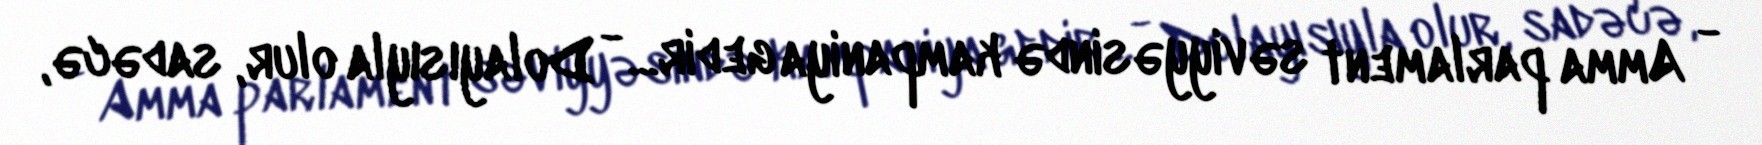
- Amma parlament səviyyəsində kampaniya gedir... - Dolayısıyla olur, sadəcə,